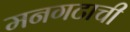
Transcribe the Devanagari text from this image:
मनगटाची